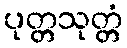
ပုတ္တသုတ္တံ